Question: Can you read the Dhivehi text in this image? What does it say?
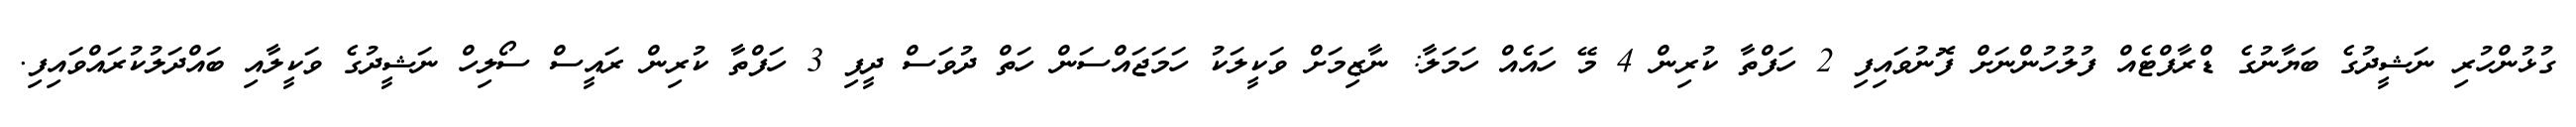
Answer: ގުޅުންހުރި ނަޝީދުގެ ބަޔާނުގެ ޑްރާފްޓެއް ފުލުހުންނަށް ފޮނުވައިފި 2 ހަފްތާ ކުރިން 4 މޭ ހައެއް ހަމަލާ: ނާޒިމަށް ވަކީލަކު ހަމަޖައްސަން ހަތް ދުވަސް ދީފި 3 ހަފްތާ ކުރިން ރައީސް ސޯލިހް ނަޝީދުގެ ވަކީލާއި ބައްދަލުކުރައްވައިފި.